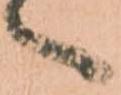
へ